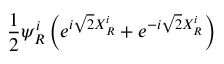
\frac { 1 } { 2 } \psi _ { R } ^ { i } \left( e ^ { i \sqrt { 2 } X _ { R } ^ { i } } + e ^ { - i \sqrt { 2 } X _ { R } ^ { i } } \right)